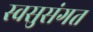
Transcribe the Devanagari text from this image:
स्वसुसंगत